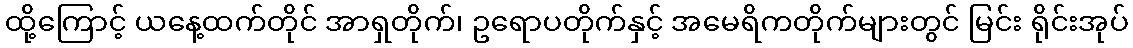
ထို့ကြောင့် ယနေ့ထက်တိုင် အာရှတိုက်၊ ဥရောပတိုက်နှင့် အမေရိကတိုက်များတွင် မြင်း ရိုင်းအုပ်